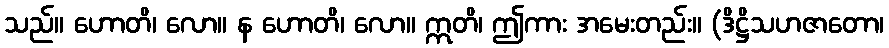
သည်။ ဟောတိ၊ လော။ န ဟောတိ၊ လော။ ဣတိ၊ ဤကား အမေးတည်း။ (ဒိဋ္ဌိသဟဇာတော၊